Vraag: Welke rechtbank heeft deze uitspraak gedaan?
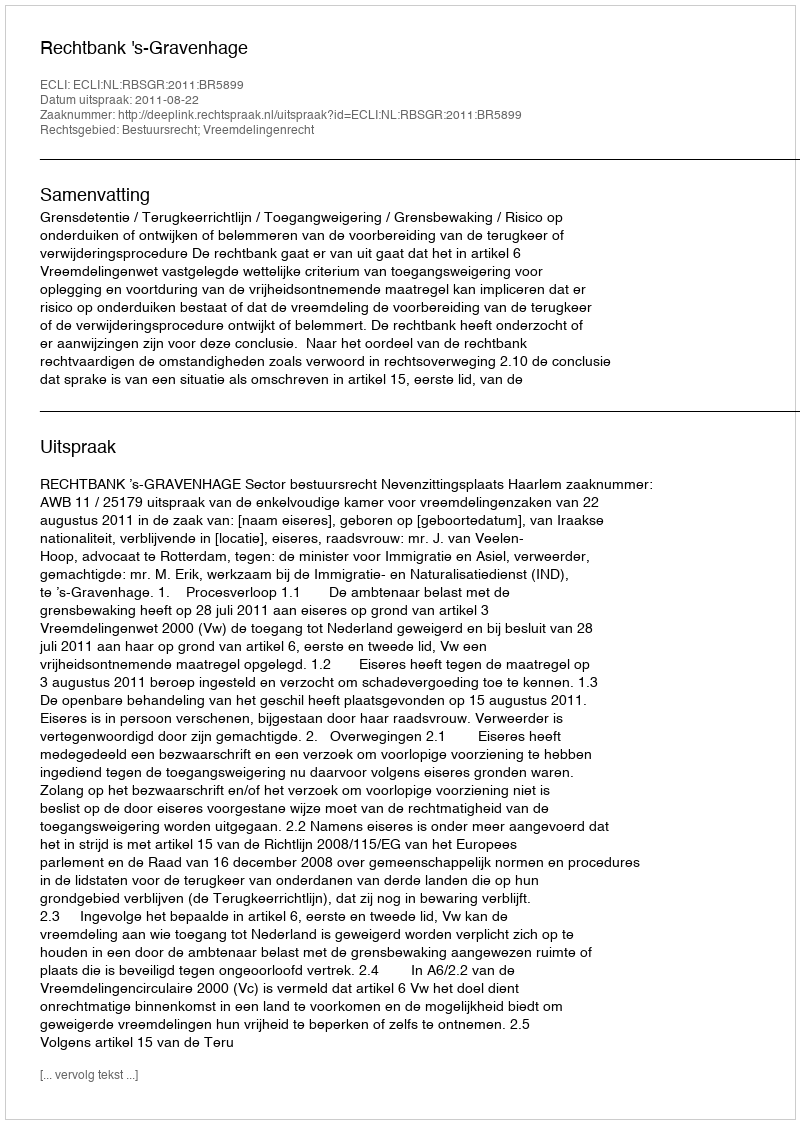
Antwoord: Rechtbank 's-Gravenhage